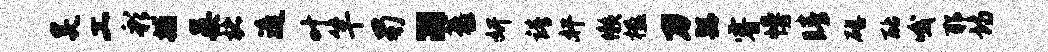
昊工彩捕晏楮遥叶竿蜀“藜妍靖奸懒楹刀繇睿幔睛磴酪哦耶诗